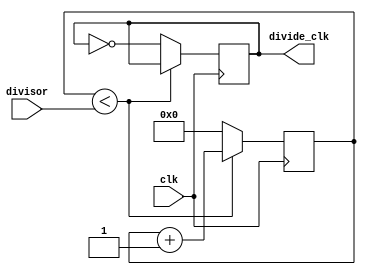
module floating_point_clock_divider (
    input wire clk,
    input wire [7:0] divisor,
    output reg divide_clk
);

reg [7:0] counter;

always @(posedge clk) begin
    if (counter < divisor) begin
        counter <= counter + 1;
    end else begin
        counter <= 0;
        divide_clk <= ~divide_clk;
    end
end

endmodule